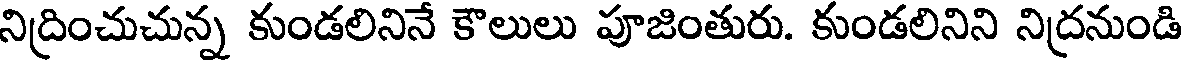
నిద్రించుచున్న కుండలినినే కౌలులు పూజింతురు. కుండలినిని నిద్రనుండి